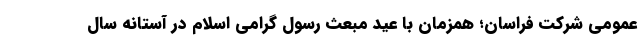
عمومی شرکت فراسان؛ همزمان با عید مبعث رسول گرامی اسلام در آستانه سال